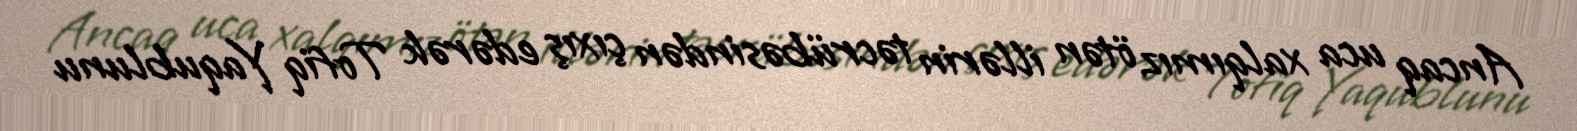
Ancaq uca xalqımız ötən illərin təcrübəsindən çıxış edərək Tofiq Yaqublunu